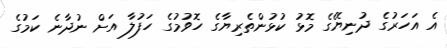
އެ އަހަރުގެ ދުނިޔޭގެ މޮޅު ކުޅުންތެރިޔާގެ ހޮވުމުގެ ހަފުލާ އަށް ނުދާނެ ކަމުގެ